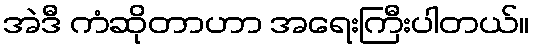
အဲဒီ ကံဆိုတာဟာ အရေးကြီးပါတယ်။